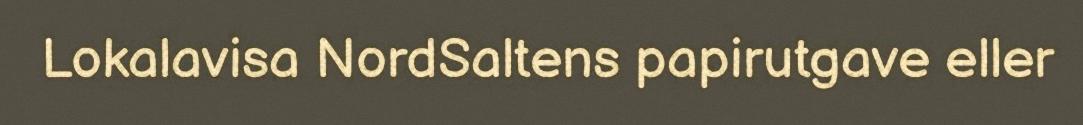
Lokalavisa NordSaltens papirutgave eller